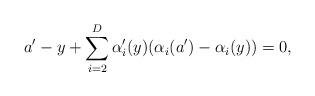
LaTeX: \begin{align*}a'-y+\sum_{i=2}^D\alpha_i'(y)(\alpha_i(a')-\alpha_i(y))=0,\end{align*}